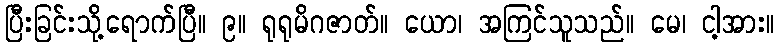
ပြီးခြင်းသို့ရောက်ပြီ။ ၉။ ရုရုမိဂဇာတ်။ ယော၊ အကြင်သူသည်။ မေ၊ ငါ့အား။